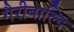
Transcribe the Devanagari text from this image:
गैरीबाल्दि